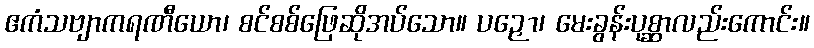
ဧကံသဗျာကရဏီယော၊ စင်စစ်ဖြေဆိုအပ်သော။ ပဉှော၊ မေးခွန်းပုစ္ဆာလည်းကောင်း။